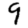
Digit: 9